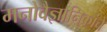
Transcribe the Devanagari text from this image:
मनोवैज्ञानिकांचे